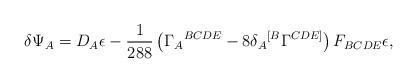
LaTeX: \begin{align*}\delta \Psi _A = D_A\epsilon -\frac{1}{288}\left( \Gamma _A{}^{BCDE}-8\delta _A{}^{[B}\Gamma ^{CDE]}\right)F_{BCDE} \epsilon,\end{align*}